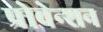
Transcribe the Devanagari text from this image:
प्रोवेन्शन